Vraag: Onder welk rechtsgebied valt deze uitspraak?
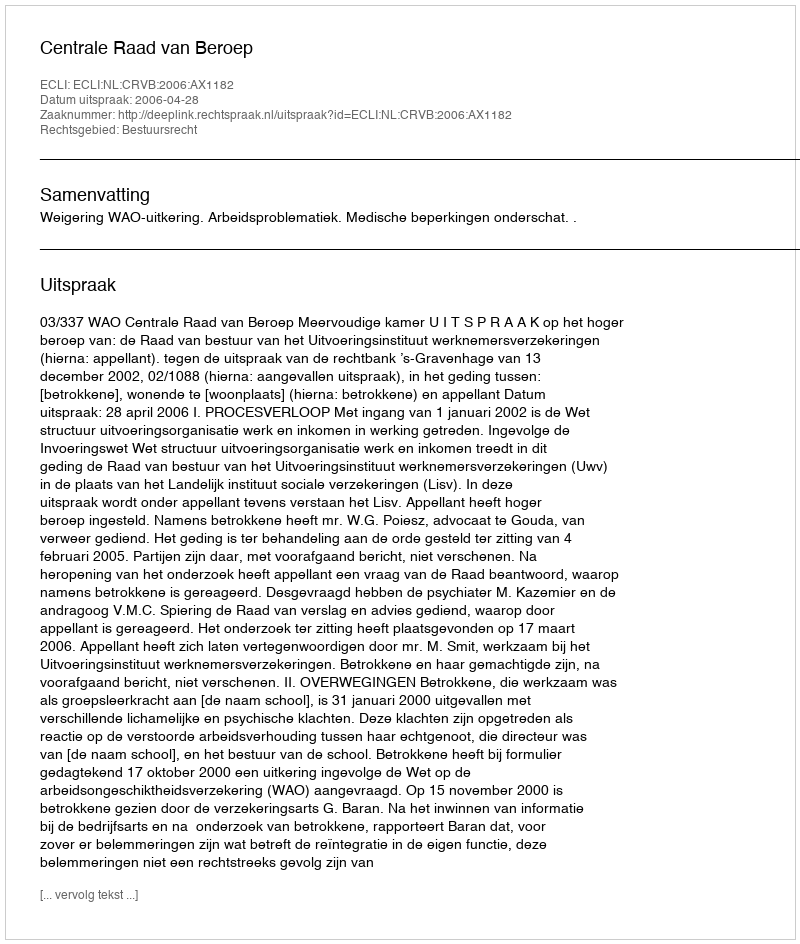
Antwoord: Bestuursrecht